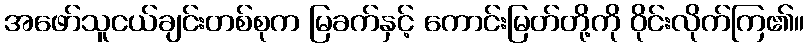
အဖော်သူငယ်ချင်းတစ်စုက မြခက်နှင့် ကောင်းမြတ်တို့ကို ဝိုင်းလိုက်ကြ၏။